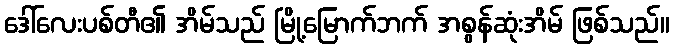
ဒေါ်လေးပစ်တီ၏ အိမ်သည် မြို့မြောက်ဘက် အစွန်ဆုံးအိမ် ဖြစ်သည်။